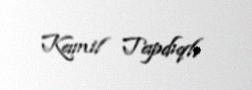
Kamil Tapdıqlı